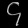
Digit: ၄